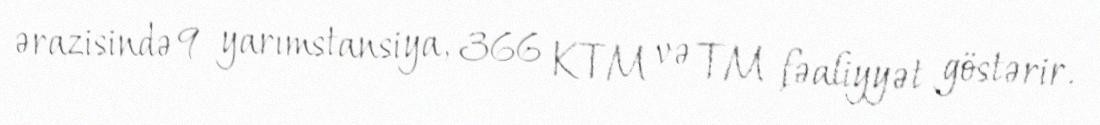
ərazisində 9 yarımstansiya, 366 KTM və TM fəaliyyət göstərir.